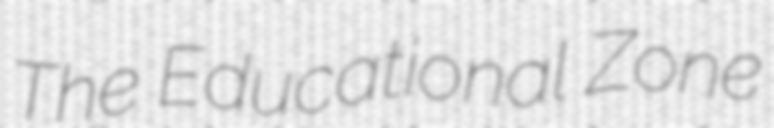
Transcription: The Educational Zone